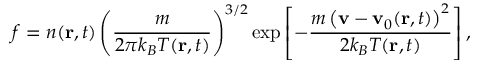
f = n ( \mathbf { r } , t ) \left( { \frac { m } { 2 \pi k _ { B } T ( \mathbf { r } , t ) } } \right) ^ { 3 / 2 } \exp \left[ - { \frac { m \left( \mathbf { v } - \mathbf { v } _ { 0 } ( \mathbf { r } , t ) \right) ^ { 2 } } { 2 k _ { B } T ( \mathbf { r } , t ) } } \right] ,